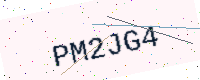
Text: PM2JG4